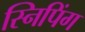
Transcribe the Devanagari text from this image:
स्निपिंग